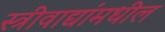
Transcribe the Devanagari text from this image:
स्त्रीवाद्यांमधील